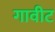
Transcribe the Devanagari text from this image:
गावीट